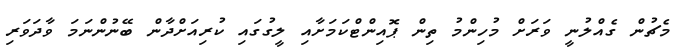
މެޗުން ގެއްލުނީ ވަރަށް މުހިންމު ތިން ޕޮއިންޓްކަމަށާއި ލީގުގައި ކުރިއަށްދާން ބޭނުންނަމަ ވާދަވަރި